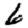
Digit: 6